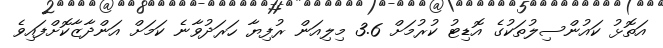
އަތޮޅު ކައުންސިލުތަކުގެ އޮޑިޓު ކުރުމަށް 3.6 މިލިއަން ރުފިޔާ ހަރަދުވާނެ ކަމަށް އަންދާޒާކޮށްފައިވެ